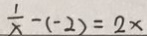
\frac { 1 } { x } - ( - 2 ) = 2 x